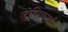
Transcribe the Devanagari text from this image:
ट्रोपिकबर्ड